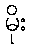
မိုး